Malaria in the Punjab - Number 46
Disease focus: Malaria
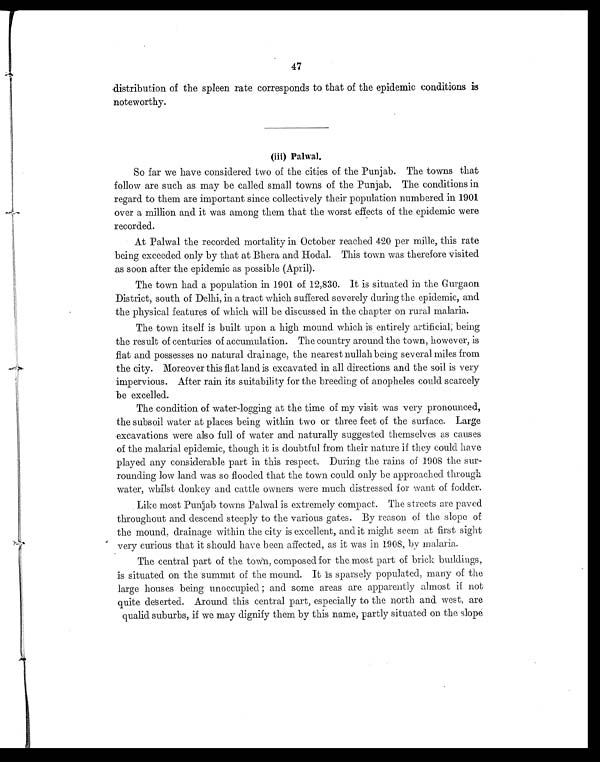
47
distribution of the spleen rate corresponds to that of the epidemic conditions is
noteworthy.
(iii) Palwal.
So far we have considered two of the cities of the Punjab. The towns that
follow are such as may be called small towns of the Punjab. The conditions in
regard to them are important since collectively their population numbered in 1901
over a million and it was among them that the worst effects of the epidemic were
recorded.
At Palwal the recorded mortality in October reached 420 per mille, this rate
being exceeded only by that at Bhera and Hodal. This town was therefore visited
as soon after the epidemic as possible (April).
The town had a population in 1901 of 12,830. It is situated in the Gurgaon
District, south of Delhi, in a tract which suffered severely during the epidemic, and
the physical features of which will be discussed in the chapter on rural malaria.
The town itself is built upon a high mound which is entirely artificial; being
the result of centuries of accumulation. The country around the town, however, is
flat and possesses no natural drainage, the nearest nullah being several miles from
the city. Moreover this flat land is excavated in all directions and the soil is very
impervious. After rain its suitability for the breeding of anopheles could scarcely
be excelled.
The condition of water-logging at the time of my visit was very pronounced,
the subsoil water at places being within two or three feet of the surface. Large
excavations were also full of water and naturally suggested themselves as causes
of the malarial epidemic, though it is doubtful from their nature if they could have
played any considerable part in this respect. During the rains of 1908 the sur
-rounding low land was so flooded that the town could only be approached through
water, whilst donkey and cattle owners were much distressed for want of fodder.
Like most Punjab towns Palwal is extremely compact. The streets are paved
throughout and descend steeply to the various gates. By reason of the slope of
the mound, drainage within the city is excellent, and it might seem at first sight
very curious that it should have been affected, as it was in 1908, by malaria.
The central part of the town, composed for the most part of brick buildings,
is situated on the summit of the mound. It is sparsely populated, many of the
large houses being unoccupied; and some areas are apparently almost if not
quite deserted. Around this central part, especially to the north and west, are
qualid suburbs, if we may dignify them by this name, partly situated. on the slope